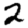
Digit: 2